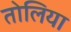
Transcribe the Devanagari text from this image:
तोलिया